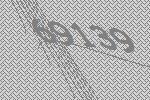
69139